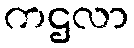
ကဌလာ